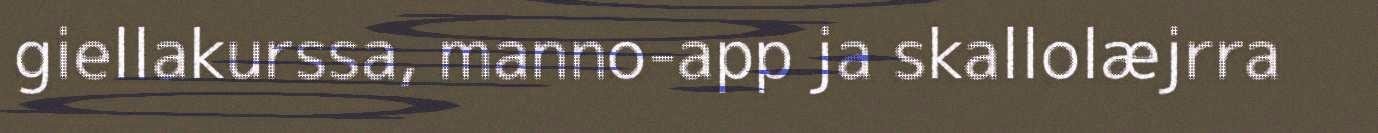
giellakurssa, manno-app ja skallolæjrra